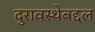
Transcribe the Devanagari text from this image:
दुरावस्थेबद्दल